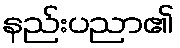
နည်းပညာ၏